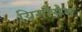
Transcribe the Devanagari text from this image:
य्रिगोयेन